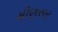
મીણસર